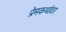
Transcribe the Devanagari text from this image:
प्रेमकथांवर